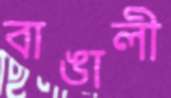
বাঙালী